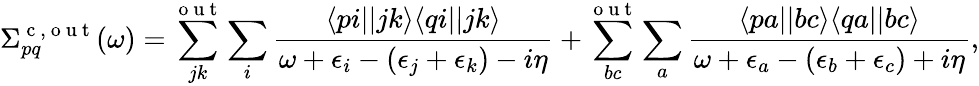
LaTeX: \Sigma_{pq}^{\mathrm{~c~,~o~u~t~}}(\omega)=\sum_{jk}^{\mathrm{~o~u~t~}}\sum_{i}\frac{\langle pi||jk\rangle\langle qi||jk\rangle}{\omega+\epsilon_{i}-(\epsilon_{j}+\epsilon_{k})-i\eta}+\sum_{bc}^{\mathrm{~o~u~t~}}\sum_{a}\frac{\langle pa||bc\rangle\langle qa||bc\rangle}{\omega+\epsilon_{a}-(\epsilon_{b}+\epsilon_{c})+i\eta},